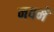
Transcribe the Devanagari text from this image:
नवमे